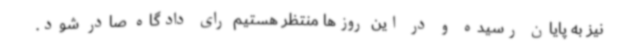
نیز به پایان رسیده و در این روزها منتظر هستیم رای دادگاه صادر شود.